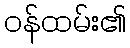
ဝန်ထမ်း၏